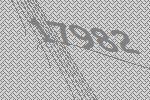
17982